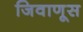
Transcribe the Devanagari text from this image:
जिवाणूस